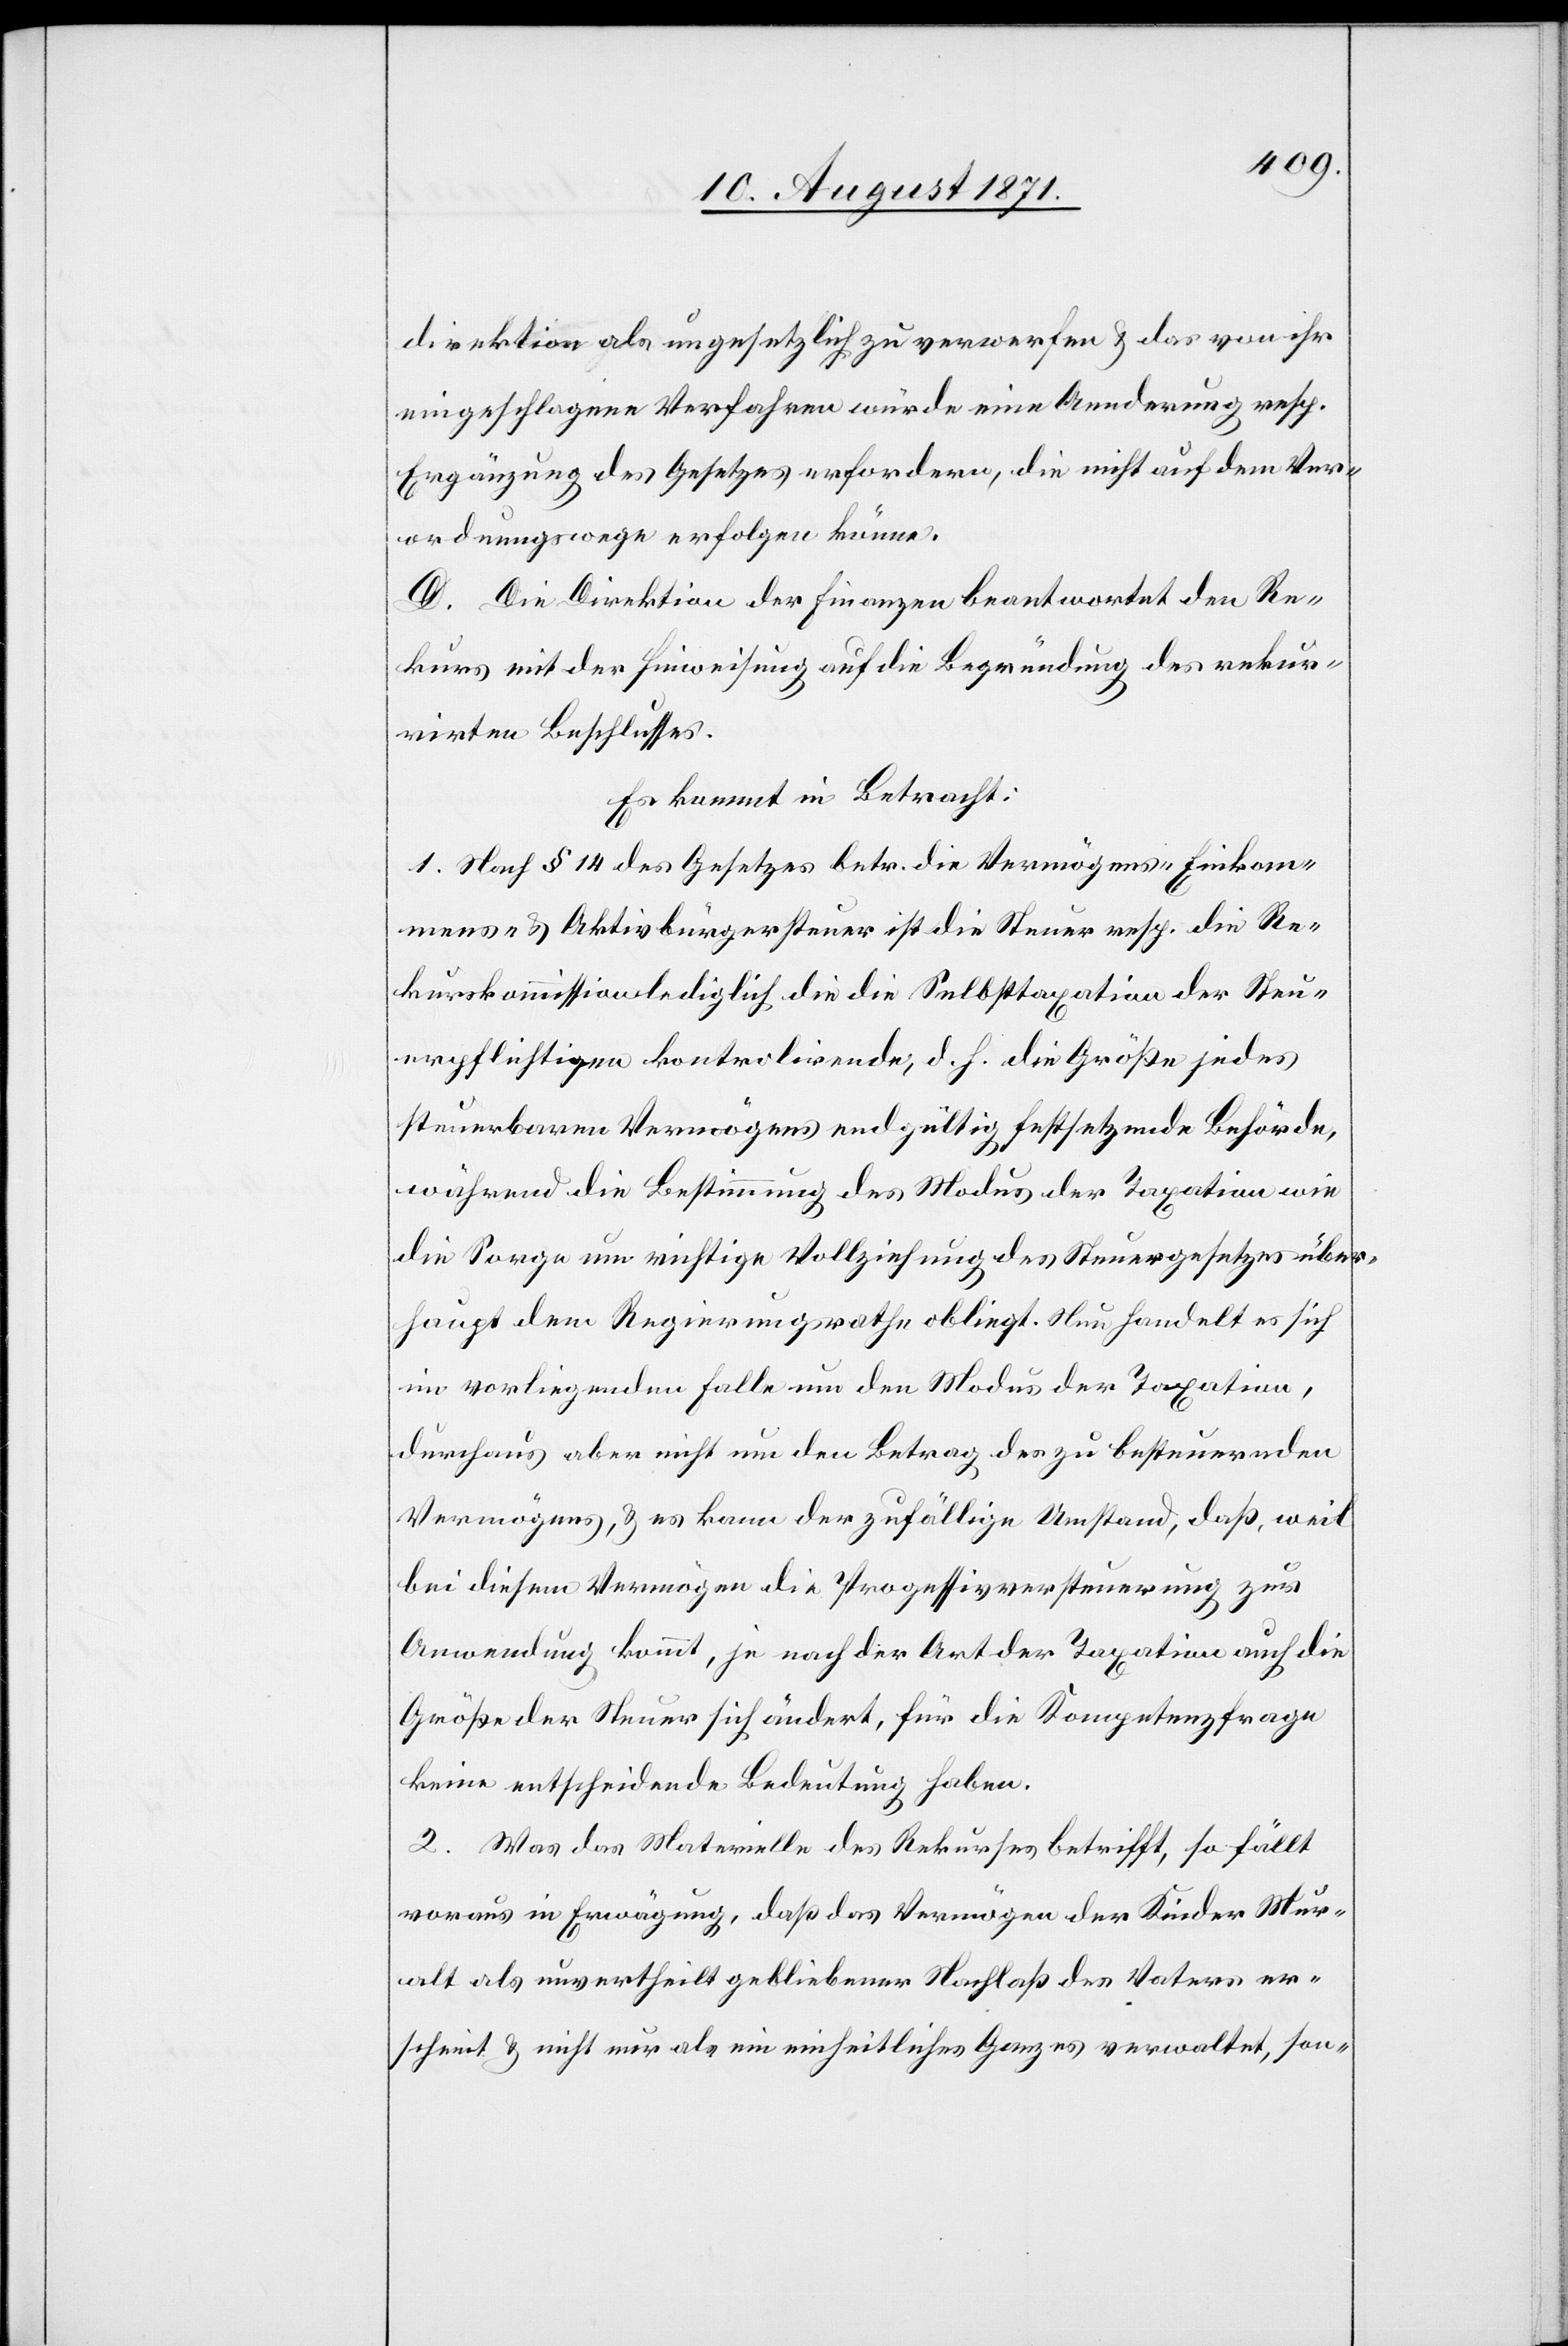
direktion als ungesetzlich zu verwerfen & das von ihr
eingeschlagene Verfahren würde eine Aenderung resp.
Ergänzung des Gesetzes erforden, die nicht auf dem Ver¬
ordnungswege erfolgen könne.
D. Die Direktion der Finanzen beantwortet den Re¬
kurs mit der Hinweisung auf die Begründung des rekur¬
rirten Beschlusses.
Es kommt in Betracht:
1. Nach § 14 des Gesetzes betr. die Vermögens-[,] Einkom¬
mens- und Aktivbürgersteuer ist die Steuer resp. die Re¬
kurksommission lediglich die die Selbsttaxation der Steu¬
erpflichtigen kontrolirende, d.h. die Größe jedes
steuerbaren Vermögens endgültig festsetzende Behörde,
während die Bestimmung des Modus der Taxation wie
die Sorge um richtige Vollziehung des Steuergesetzes über¬
haupt dem Regierungsrathe obliegt. Nun handelt es sich
in vorliegendem Falle um den Modus der Taxation,
durchaus aber nicht um den Ertrag des zu besteuernden
Vermögens, & es kann der zufällige Umstand, daß, weil
bei diesem Vermögen die Prozessivversteuerung zur
Anwendung kommt, ja nach der Art der Taxation auch die
Größe der Steuer sich ändert, für die Kompetenzfrage
keine entscheidende Bedeutung haben.
2. Was das Materielle des Rekurses betrifft, so fällt
voraus in Erwägung, daß das Vermögen der Kinder Mur¬
alt als unvertheilt gebliebener Nachlaß des Vaters er¬
scheint & nicht nur als ein einheitliches Ganzes verwaltet, son-